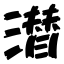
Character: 潜